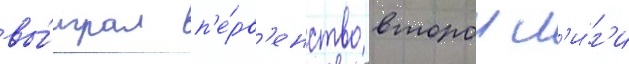
вы́играл п'е́рв'енство второи л'и́г'и